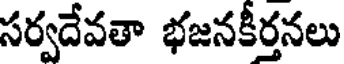
సర్వదేవతా భజనకీర్తనలు